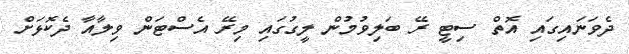
ދެވަނައިގައި އޮތް ސިޓީ ރޭ ބަލިވުމުން ލީގުގައި މިރޭ އެސްޓަން ވިލާއާ ދެކޮޅަށް